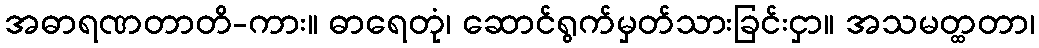
အဓာရဏတာတိ-ကား။ ဓာရေတုံ၊ ဆောင်ရွက်မှတ်သားခြင်းငှာ။ အသမတ္ထတာ၊